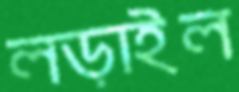
লড়াইল